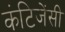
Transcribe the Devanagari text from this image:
कंटिजेंसी